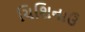
ચિશિનાઉ